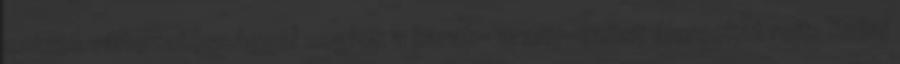
színes változatossággal segítik a karak- arany-ezüst álarcokat rejt. Szilaj